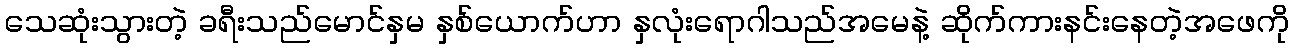
သေဆုံးသွားတဲ့ ခရီးသည်မောင်နှမ နှစ်ယောက်ဟာ နှလုံးရောဂါသည်အမေနဲ့ ဆိုက်ကားနင်းနေတဲ့အဖေကို